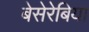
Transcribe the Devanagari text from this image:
बेसेरेबिया